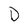
Character: D